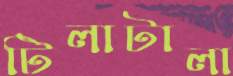
টিলাটালা